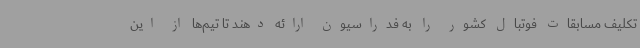
تکلیف مسابقات فوتبال کشور را به فدراسیون ارائه دهند تا تیم‌ها از این